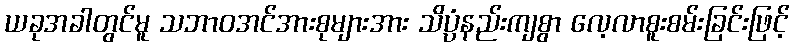
ယခုအခါတွင်မူ သဘာဝအင်အားစုများအား သိပ္ပံနည်းကျစွာ လေ့လာစူးစမ်းခြင်းဖြင့်